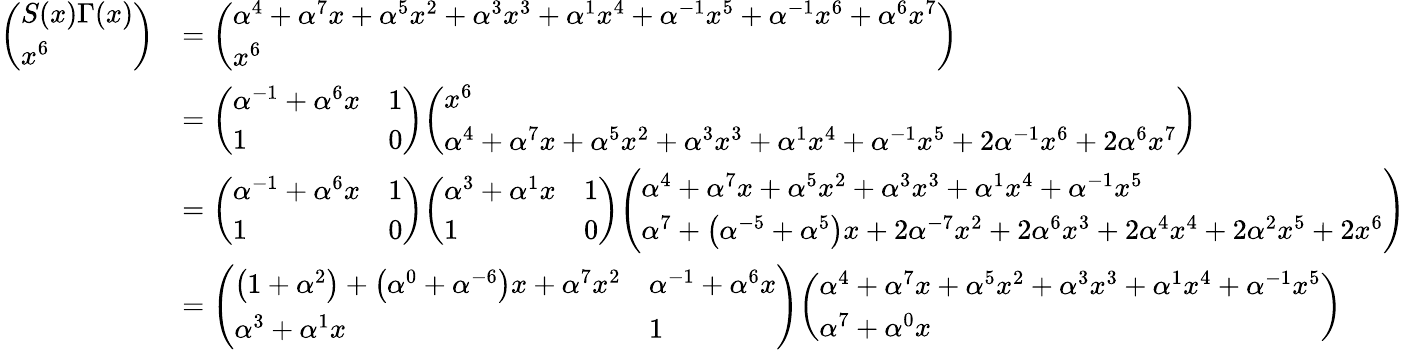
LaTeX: {\begin{array}{rl}{{\left(\begin{array}{l}{S(x)\Gamma(x)}\\ {x^{6}}\end{array}\right)}}&{={\left(\begin{array}{l}{\alpha^{4}+\alpha^{7}x+\alpha^{5}x^{2}+\alpha^{3}x^{3}+\alpha^{1}x^{4}+\alpha^{-1}x^{5}+\alpha^{-1}x^{6}+\alpha^{6}x^{7}}\\ {x^{6}}\end{array}\right)}}\\ &{={\left(\begin{array}{ll}{\alpha^{-1}+\alpha^{6}x}&{1}\\ {1}&{0}\end{array}\right)}{\left(\begin{array}{l}{x^{6}}\\ {\alpha^{4}+\alpha^{7}x+\alpha^{5}x^{2}+\alpha^{3}x^{3}+\alpha^{1}x^{4}+\alpha^{-1}x^{5}+2\alpha^{-1}x^{6}+2\alpha^{6}x^{7}}\end{array}\right)}}\\ &{={\left(\begin{array}{ll}{\alpha^{-1}+\alpha^{6}x}&{1}\\ {1}&{0}\end{array}\right)}{\left(\begin{array}{ll}{\alpha^{3}+\alpha^{1}x}&{1}\\ {1}&{0}\end{array}\right)}{\left(\begin{array}{l}{\alpha^{4}+\alpha^{7}x+\alpha^{5}x^{2}+\alpha^{3}x^{3}+\alpha^{1}x^{4}+\alpha^{-1}x^{5}}\\ {\alpha^{7}+\left(\alpha^{-5}+\alpha^{5}\right)x+2\alpha^{-7}x^{2}+2\alpha^{6}x^{3}+2\alpha^{4}x^{4}+2\alpha^{2}x^{5}+2x^{6}}\end{array}\right)}}\\ &{={\left(\begin{array}{ll}{\left(1+\alpha^{2}\right)+\left(\alpha^{0}+\alpha^{-6}\right)x+\alpha^{7}x^{2}}&{\alpha^{-1}+\alpha^{6}x}\\ {\alpha^{3}+\alpha^{1}x}&{1}\end{array}\right)}{\left(\begin{array}{l}{\alpha^{4}+\alpha^{7}x+\alpha^{5}x^{2}+\alpha^{3}x^{3}+\alpha^{1}x^{4}+\alpha^{-1}x^{5}}\\ {\alpha^{7}+\alpha^{0}x}\end{array}\right)}}\end{array}}